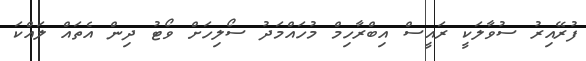
ފުރޭއިރު ސުވާލަކީ ރައީސް އިބްރާހިމް މުހައްމަދު ސޯލިހަށް ވޯޓު ދިން އެތައް ލައްކަ